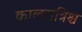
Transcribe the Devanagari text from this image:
कालरात्रिश्च